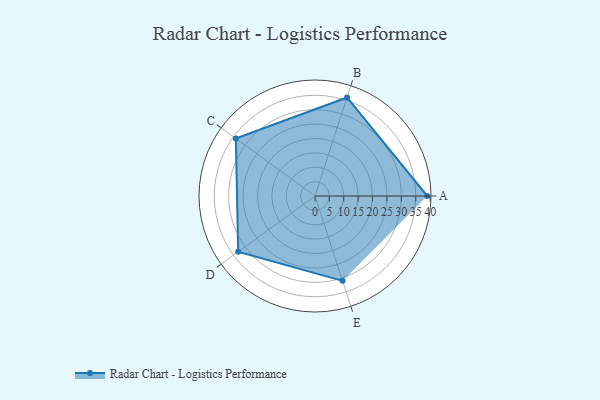
{"axis": {"x": "Skill", "y": "Score"}, "legend": ["Profile"], "data": [{"x": "A", "y": 39.0, "type": "Profile"}, {"x": "B", "y": 36.0, "type": "Profile"}, {"x": "C", "y": 34.0, "type": "Profile"}, {"x": "D", "y": 33.0, "type": "Profile"}, {"x": "E", "y": 31.0, "type": "Profile"}]}